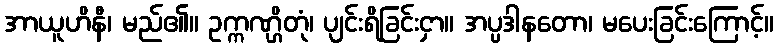
အာယူဟိနီ၊ မည်၏။ ဥက္ကဏ္ဌိတုံ၊ ပျင်းရိခြင်းငှာ။ အပ္ပဒါနတော၊ မပေးခြင်းကြောင့်။